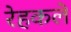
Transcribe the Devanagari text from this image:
रेहकले